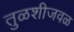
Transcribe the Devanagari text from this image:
तुळशीजवळ